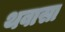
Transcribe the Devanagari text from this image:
थवासा